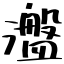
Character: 瀊